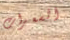
السعرات